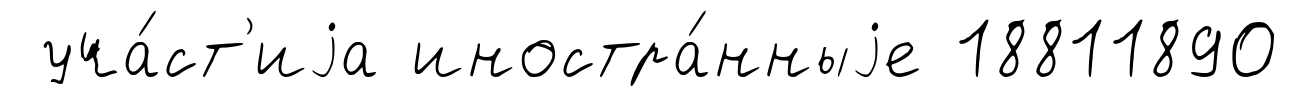
уча́ст'иjа иностра́нныjе 18811890